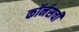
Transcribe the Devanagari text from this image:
कॉर्नसची